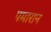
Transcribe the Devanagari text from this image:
पमारान